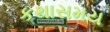
કથાસમય